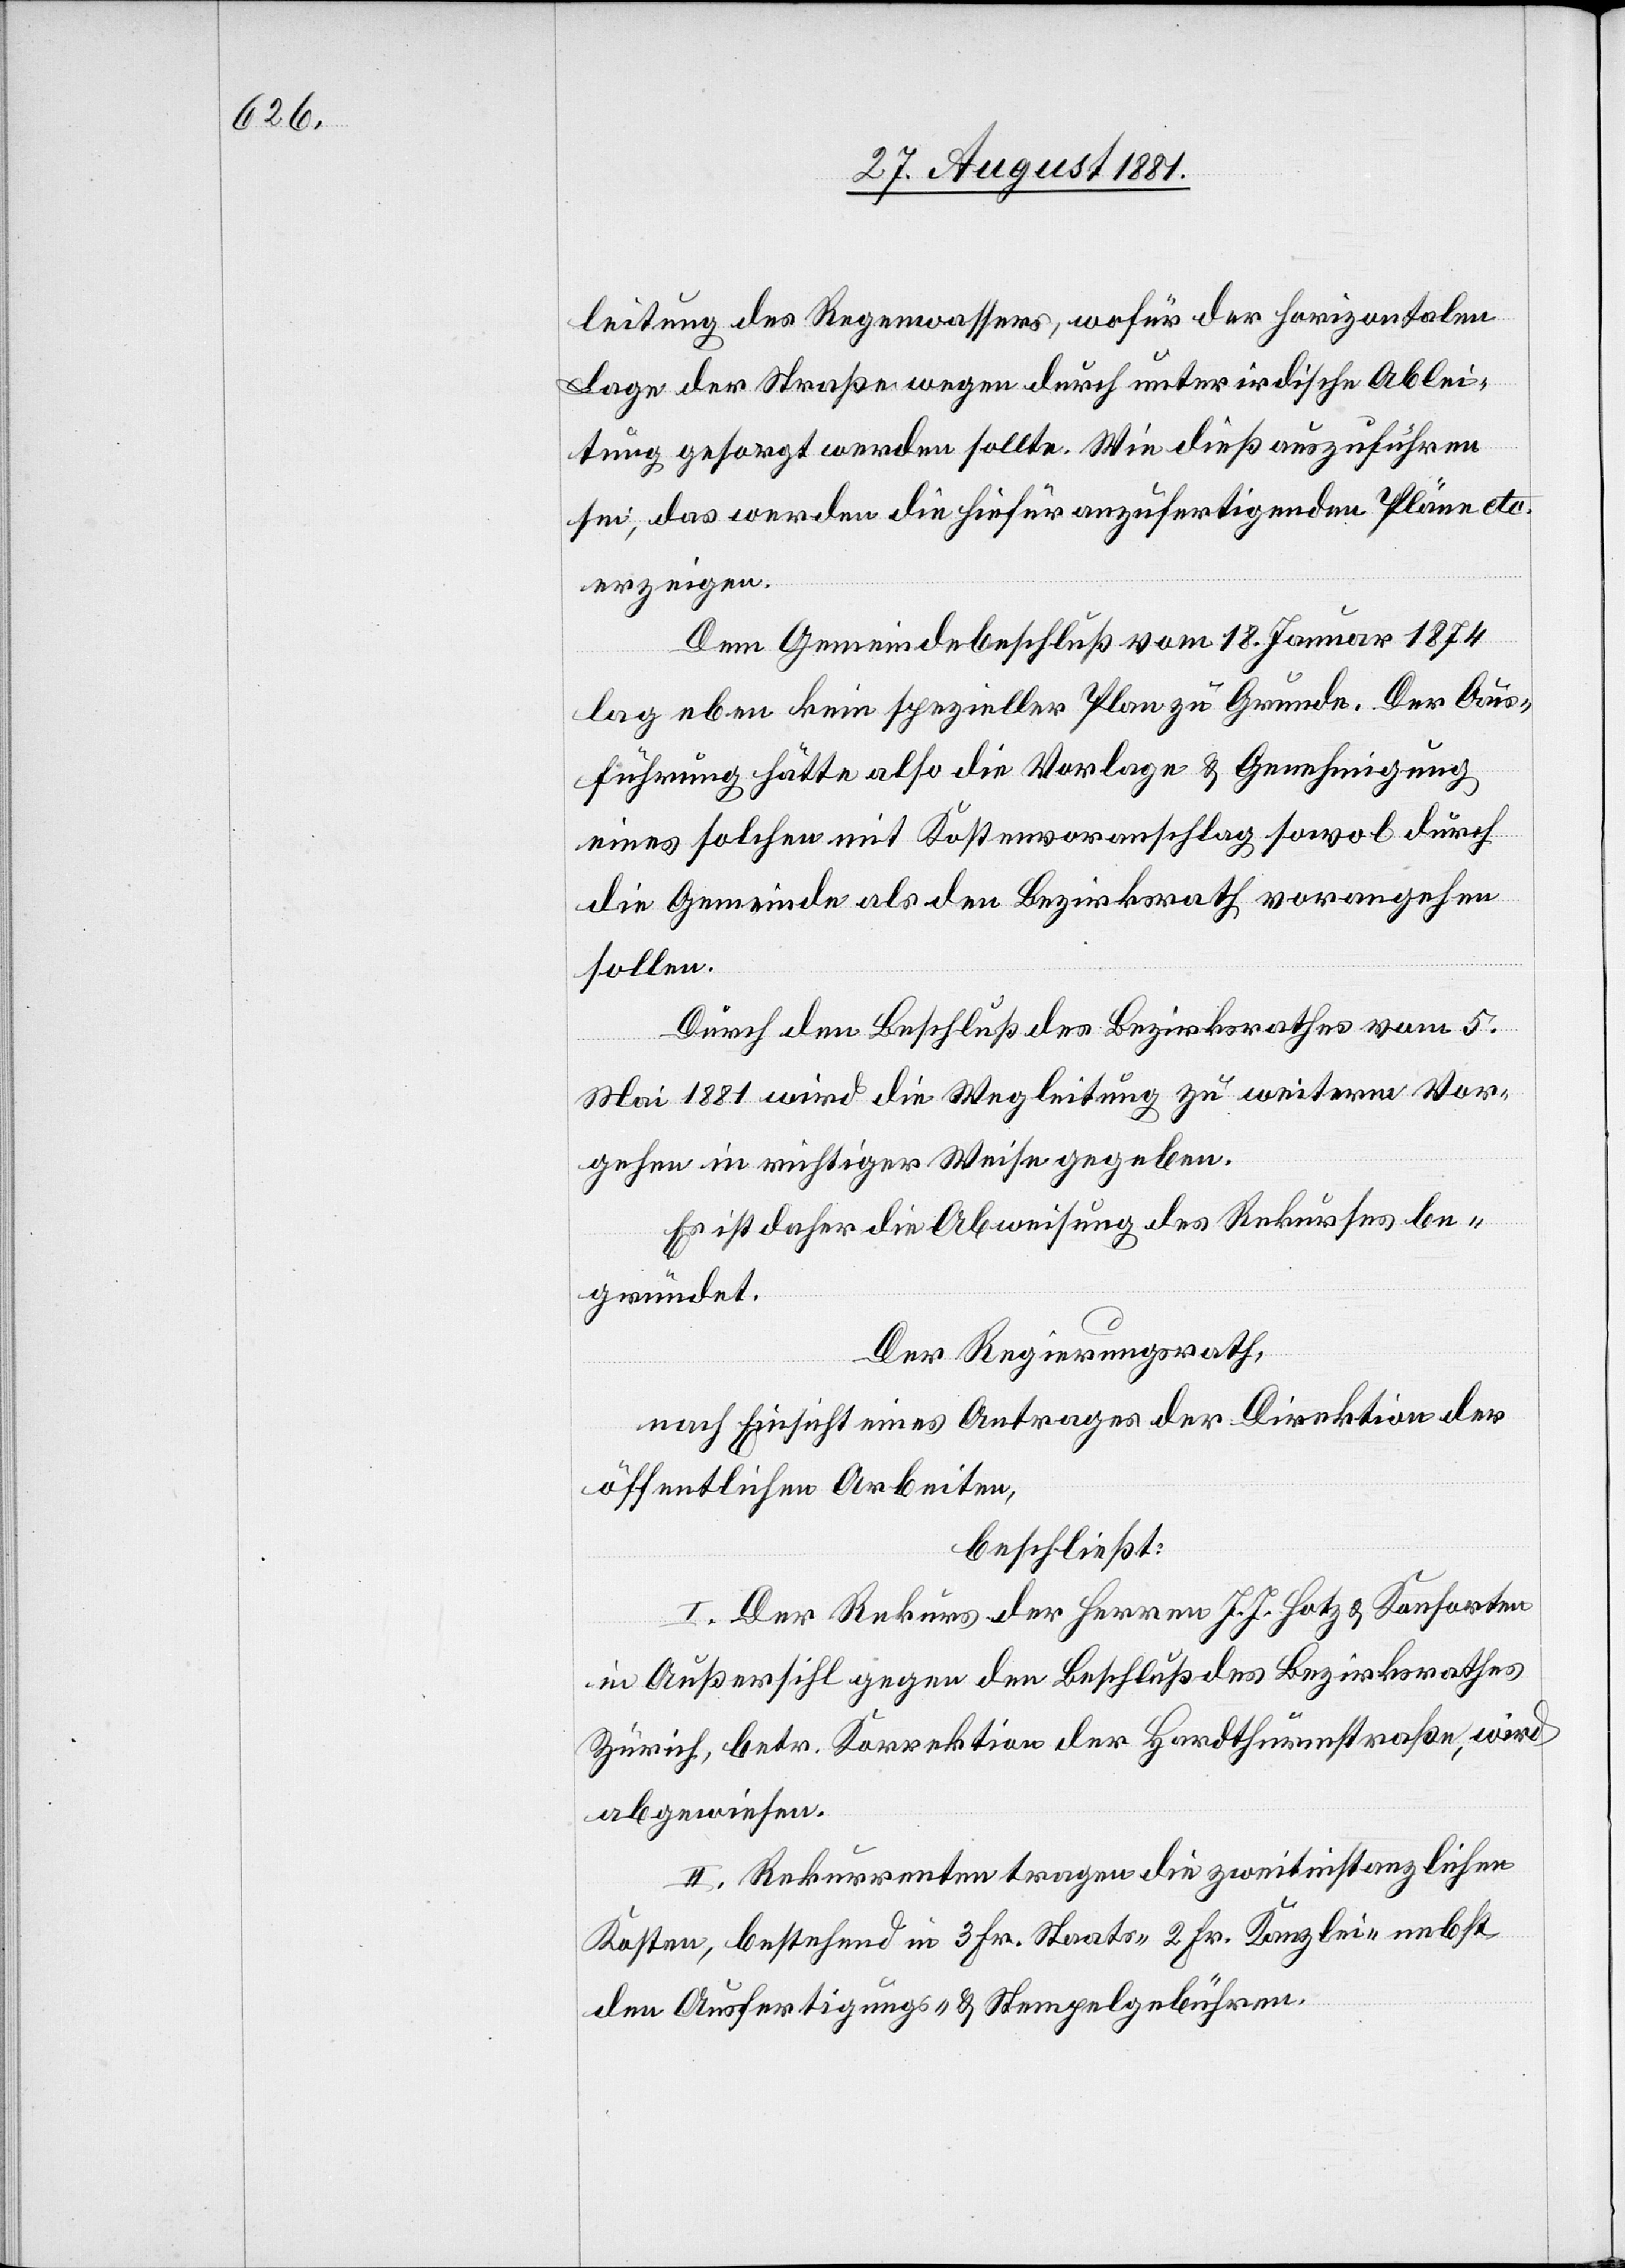
leitung des Regenwassers, wofür der horizontalen
Lage der Straße wegen durch unterirdische Ablei¬
tung gesorgt werden sollte. Wie dieß auszuführen
sei, das werden die hiefür anzufertigenden Pläne etc.
erzeigen.
Dem Gemeindebeschluß vom 18. Januar 1874
lag eben kein spezieller Plan zu Grunde. Der Aus¬
führung hätte also die Vorlage & Genehmigung
eines solchen mit Kostenvoranschlag sowol durch
die Gemeinde als den Bezirksrath vorangehen
sollen.
Durch den Beschluß des Bezirksrathes vom 5.
Mai 1881 wird die Wegleitung zu weiterm Vor¬
gehen in richtiger Weise gegeben.
Es ist daher Abweisung des Rekurses be¬
gründet.
Der Regierungsrath,
nach Einsicht eines Antrages der Direktion der
öffentlichen Arbeiten,
beschließt:
I. Der Rekurs der Herren J. J. Hotz & Konsorten
in Außersihl gegen den Beschluß des Bezirksrathes
Zürich, betr. Korrektion der Hardthurmstraße, wird
abgewiesen.
II. Rekurrenten tragen die zweitinstanzlichen
Kosten, bestehend in 3. Fr. Staats-, 2. Fr. Kanzlei- nebst
den Ausfertigungs- & Stempelgebühren.